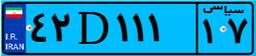
۹۳D۸۴۹۹۳